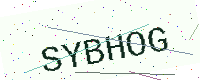
Text: SYBHOG